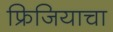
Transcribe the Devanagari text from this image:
फ्रिजियाचा